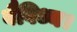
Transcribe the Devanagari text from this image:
वैविध्य।